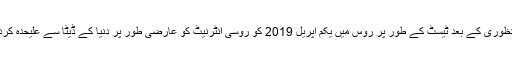
قانون کی منظوری کے بعد ٹیسٹ کے طور پر روس میں یکم اپریل 2019 کو روسی انٹرنیٹ کو عارضی طور پر دنیا کے ڈیٹا سے علیحدہ کردیا جائے گا۔